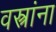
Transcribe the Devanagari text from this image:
वस्त्रांना